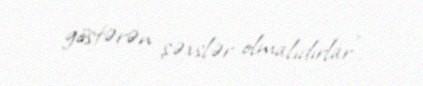
göstərən şəxslər olmalıdırlar”.